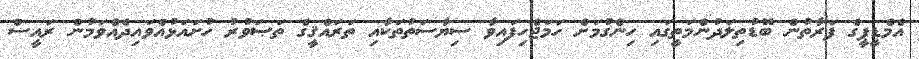
އެމްޑީޕީގެ ފަރާތުން ބޮޑުތިލަދުންމަތީގައި ހިންގުމަށް ހަމަޖެހިފައިވާ ސިޔާސަތުތަކާއި ތަރައްޤީގެ ތަޞަވުރު ހުށައަޅުއްވައިދެއްވަމުން ރައީސް